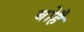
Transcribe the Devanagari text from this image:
बोहै